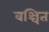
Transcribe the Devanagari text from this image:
वञ्चित